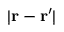
| \boldsymbol { \mathbf { r } } - \boldsymbol { \mathbf { r } } ^ { \prime } |